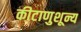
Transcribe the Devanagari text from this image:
कीटाणुशून्य